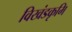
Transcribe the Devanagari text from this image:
विखंडकृमि